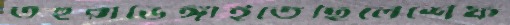
তহুরাভেঙ্গাইতেছিলেশেফ